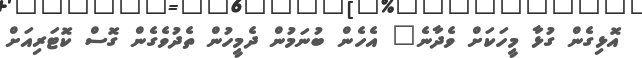
އޮޅިގެން ގުޅާ މީހަކަށް ވެދާނެ" އެހެން ބުނަމުން ދެމީހުން ތެދުވެގެން ގޮސް ކޮޓަރިއަށް